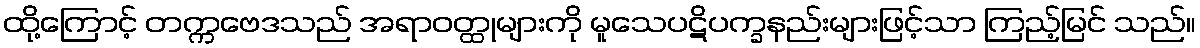
ထို့ကြောင့် တက္ကဗေဒသည် အရာဝတ္ထုများကို မူသေပဋိပက္ခနည်းများဖြင့်သာ ကြည့်မြင် သည်။